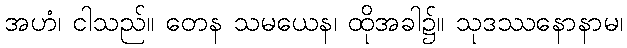
အဟံ၊ ငါသည်။ တေန သမယေန၊ ထိုအခါ၌။ သုဒဿနောနာမ၊